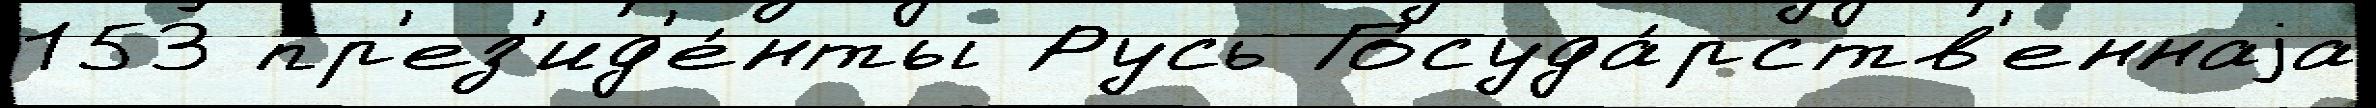
153 пр'ез'ид'е́нты Русь Госуда́рств'еннаjа